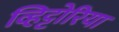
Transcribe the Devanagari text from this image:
व्हिट्टोरिया